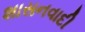
શાસનવાદી